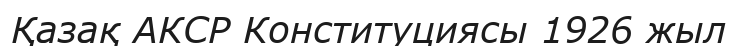
Қазақ АКСР Конституциясы 1926 жыл